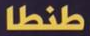
طنطا